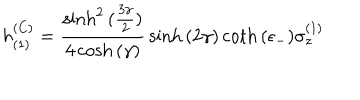
h _ { ( 1 ) } ^ { ( C ) } = { \frac { \sinh ^ { 2 } { ( { \frac { 3 \gamma } { 2 } } ) } } { 4 \cosh { ( \gamma ) } } } \sinh { ( 2 \gamma ) } \coth { ( \epsilon _ { - } ) } \sigma _ { z } ^ { ( 1 ) }